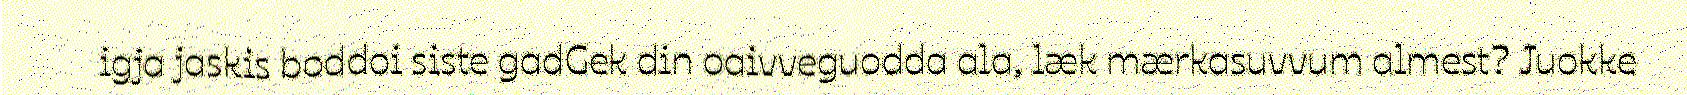
igja jaskis boddoi siste gadGek din oaivveguodda ala, læk mærkasuvvum almest? Juokke